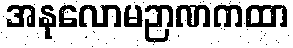
အနုလောမဉာဏကထာ